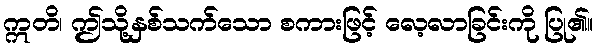
ဣတိ၊ ဤသို့နှစ်သက်သော စကားဖြင့် လေ့လာခြင်းကို ပြု၏။